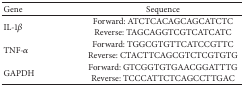
<table><thead><tr><td><b>Gene</b></td><td><b>Sequence</b></td></tr></thead><tbody><tr><td>IL-1<i>β</i></td><td>Forward: ATCTCACAGCAGCATCTCReverse: TAGCAGGTCGTCATCATC</td></tr><tr><td>TNF-<i>α</i></td><td>Forward: TGGCGTGTTCATCCGTTCReverse: CTACTTCAGCGTCTCGTGTG</td></tr><tr><td>GAPDH</td><td>Forward: GTCGGTGTGAACGGATTTGReverse: TCCCATTCTCAGCCTTGAC</td></tr></tbody></table>